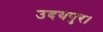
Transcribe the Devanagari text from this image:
उदयपुर।